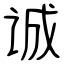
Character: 诚